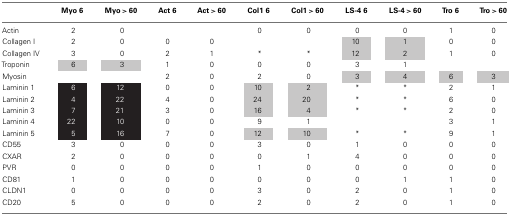
<table><thead><tr><td></td><td><b>Myo 6</b></td><td><b>Myo &gt; 60</b></td><td><b>Act 6</b></td><td><b>Act &gt; 60</b></td><td><b>Col1 6</b></td><td><b>Col1 &gt; 60</b></td><td><b>LS-4 6</b></td><td><b>LS-4 &gt; 60</b></td><td><b>Tro 6</b></td><td><b>Tro &gt; 60</b></td></tr></thead><tbody><tr><td>Actin</td><td>2</td><td>0</td><td></td><td></td><td>0</td><td>0</td><td>0</td><td>0</td><td>1</td><td>0</td></tr><tr><td>Collagen I</td><td>2</td><td>0</td><td>0</td><td>0</td><td></td><td></td><td>10</td><td>1</td><td>0</td><td>0</td></tr><tr><td>Collagen IV</td><td>3</td><td>0</td><td>2</td><td>1</td><td>*</td><td>*</td><td>12</td><td>2</td><td>1</td><td>0</td></tr><tr><td>Troponin</td><td>6</td><td>3</td><td>1</td><td>0</td><td>0</td><td>0</td><td>3</td><td>1</td><td></td><td></td></tr><tr><td>Myosin</td><td></td><td></td><td>2</td><td>0</td><td>2</td><td>0</td><td>3</td><td>4</td><td>6</td><td>3</td></tr><tr><td>Laminin 1</td><td>6</td><td>12</td><td>0</td><td>0</td><td>10</td><td>2</td><td>*</td><td>*</td><td>2</td><td>1</td></tr><tr><td>Laminin 2</td><td>4</td><td>22</td><td>4</td><td>0</td><td>24</td><td>20</td><td>*</td><td>*</td><td>6</td><td>0</td></tr><tr><td>Laminin 3</td><td>7</td><td>21</td><td>3</td><td>0</td><td>16</td><td>4</td><td>*</td><td>*</td><td>2</td><td>0</td></tr><tr><td>Laminin 4</td><td>22</td><td>10</td><td>0</td><td>0</td><td>9</td><td>1</td><td></td><td></td><td>3</td><td>1</td></tr><tr><td>Laminin 5</td><td>5</td><td>16</td><td>7</td><td>0</td><td>12</td><td>10</td><td>*</td><td>*</td><td>9</td><td>1</td></tr><tr><td>CD55</td><td>3</td><td>0</td><td>0</td><td>0</td><td>3</td><td>0</td><td>1</td><td>0</td><td>0</td><td>0</td></tr><tr><td>CXAR</td><td>2</td><td>0</td><td>0</td><td>0</td><td>0</td><td>1</td><td>4</td><td>0</td><td>0</td><td>0</td></tr><tr><td>PVR</td><td>0</td><td>0</td><td>0</td><td>0</td><td>1</td><td>0</td><td>0</td><td>0</td><td>0</td><td>0</td></tr><tr><td>CD81</td><td>1</td><td>0</td><td>0</td><td>0</td><td>0</td><td>0</td><td>0</td><td>1</td><td>1</td><td>0</td></tr><tr><td>CLDN1</td><td>0</td><td>0</td><td>0</td><td>0</td><td>3</td><td>0</td><td>2</td><td>0</td><td>1</td><td>0</td></tr><tr><td>CD20</td><td>5</td><td>0</td><td>0</td><td>0</td><td>2</td><td>0</td><td>2</td><td>0</td><td>1</td><td>0</td></tr></tbody></table>